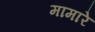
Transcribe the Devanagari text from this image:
मामारे